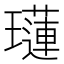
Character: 𤪼